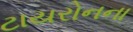
ટાયરોનના